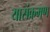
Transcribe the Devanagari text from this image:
यासंक्रमण